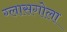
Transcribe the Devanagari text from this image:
ग्लासगोला